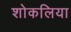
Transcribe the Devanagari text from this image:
शोकलिया